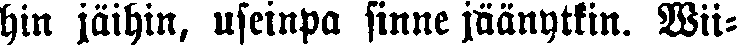
hin jäihin, useinpa sinne jäänytkin. Wii-